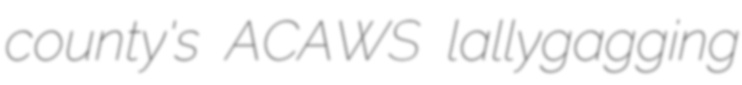
county's ACAWS lallygagging